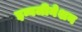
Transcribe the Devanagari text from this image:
इन्वजीनेशन